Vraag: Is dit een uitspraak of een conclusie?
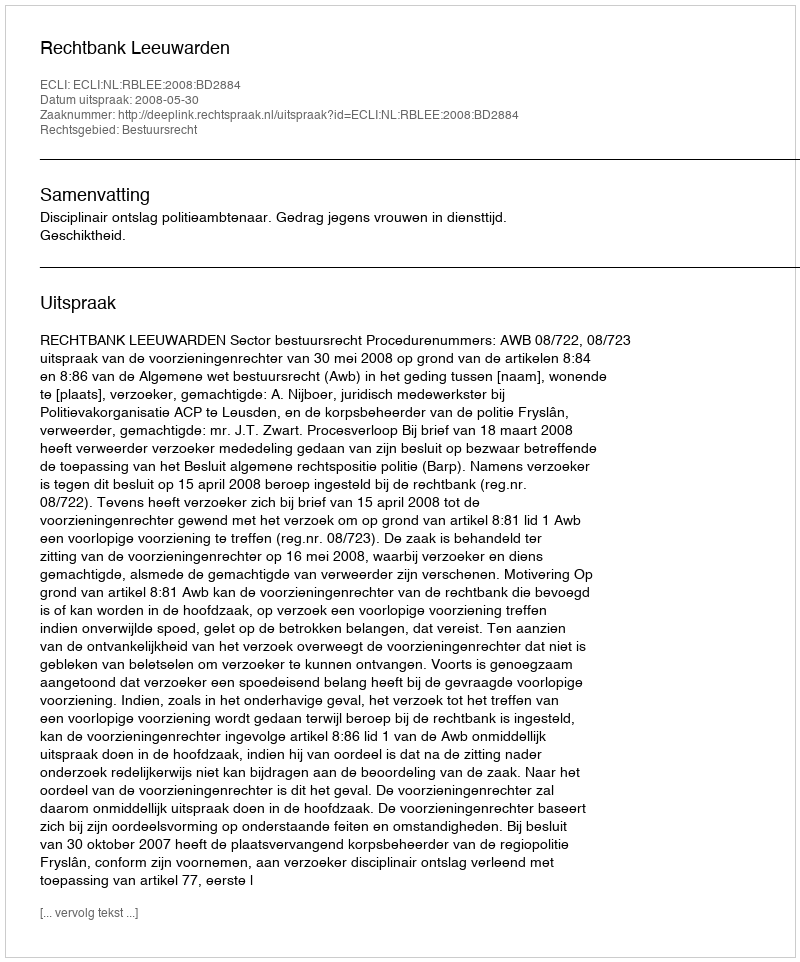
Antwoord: Uitspraak